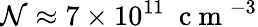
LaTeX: \mathcal{N}\approx7\times10^{11}~\mathrm{{~c~m~}}^{-3}